Report on the working of the Ranchi Indian Mental Hospital, Kanke, in Bihar and Orissa - 1930-1940
Year: 1930
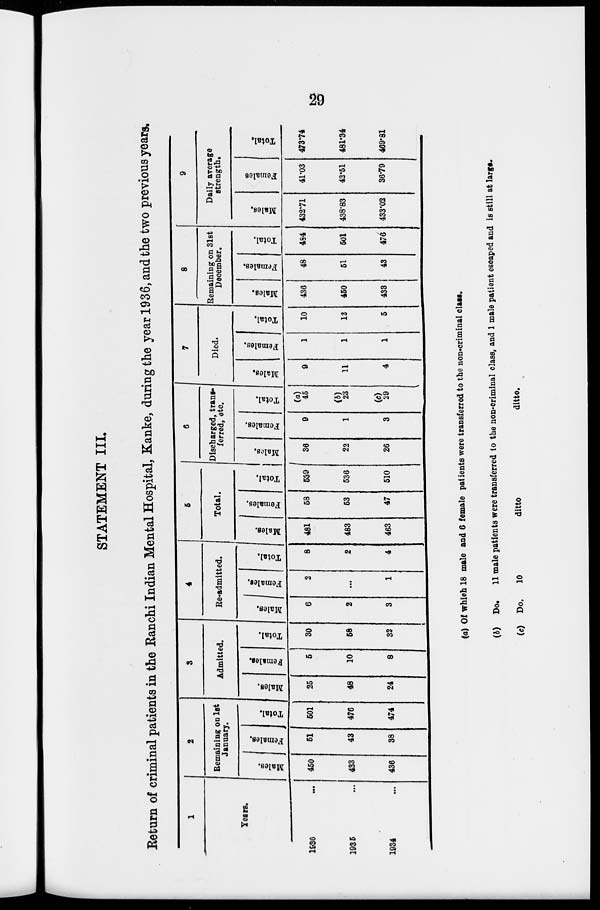
29
STATEMENT III.
Return of criminal patients in the Ranchi Indian Mental Hospital, Kanke, during the year 1936, and the two previous years.
1
Years.
1936 ...
1935 ...
1934 ...
2
Remaining on 1st
January.
Males.
450
433
436
Females.
51
43
38
Total.
501
476
474
3
Admitted.
Males.
25
48
24
Females.
5
10
8
Total.
30
58
32
4
Re-admitted.
Males.
6
2
3
Females.
2
...
1
Total.
8
2
4
5
Total.
Males.
481
483
463
Females.
58
53
47
Total.
539
536
510
6
Discharged, trans-
ferred, etc.
Males.
36
22
26
Females.
9
1
3
Total.
(a)
45
(b)
23
(c)
29
7
Died.
Males.
9
11
4
Females.
1
1
1
Total.
10
12
5
8
Remaining on 31st
December.
Males.
436
450
433
Females.
48
51
43
Total.
484
501
476
9
Daily average
strength.
Males.
432.71
438.83
433.02
Females.
41.03
43.51
36.79
Total.
473.74
481.34
469.81
(a) Of which 18 male and 6 female patients were transferred to the non-criminal class.
(b) Do. 11 male patients were transferred to the non-criminal class, and 1 male patient escaped and is still at large.
(c) Do. 10
ditto
ditto.